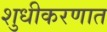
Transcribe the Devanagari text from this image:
शुधीकरणात